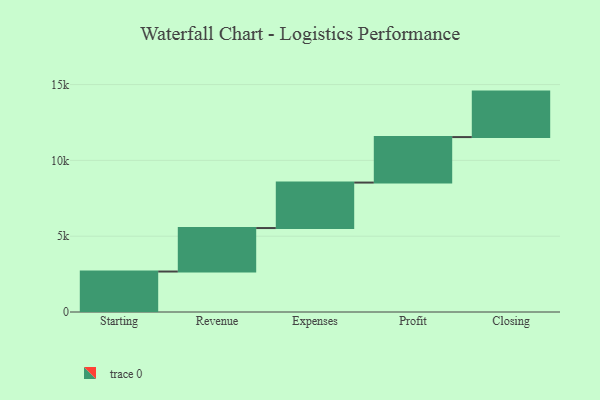
{"axis": {"x": "Step", "y": "Value"}, "legend": [""], "data": [{"x": "Starting", "y": 2669.0, "type": ""}, {"x": "Revenue", "y": 2868.0, "type": ""}, {"x": "Expenses", "y": 3000, "type": ""}, {"x": "Profit", "y": 3000, "type": ""}, {"x": "Closing", "y": 3000, "type": ""}]}